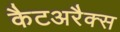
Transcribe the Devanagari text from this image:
कैटअरैक्स